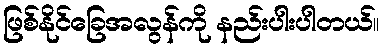
ဖြစ်နိုင်ခြေအလွန်ကို နည်းပါးပါတယ်။